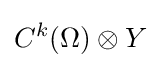
C^{k}(\Omega )\otimes Y